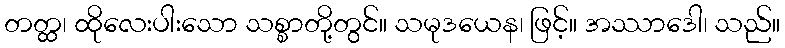
တတ္ထ၊ ထိုလေးပါးသော သစ္စာတို့တွင်။ သမုဒယေန၊ ဖြင့်။ အဿာဒေါ၊ သည်။